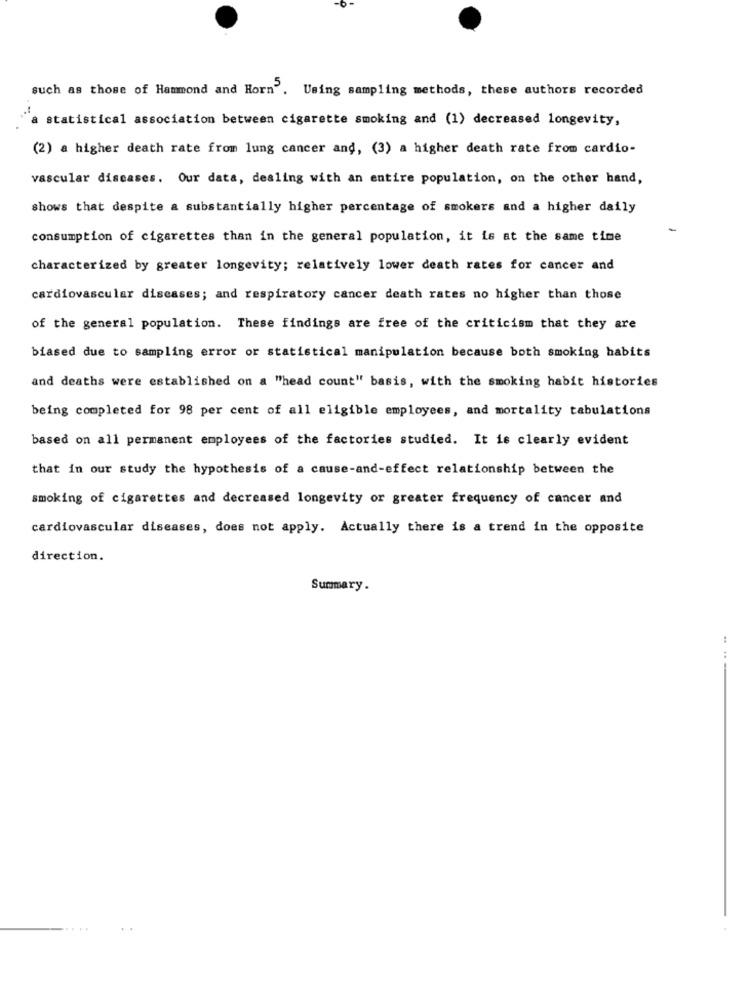
such as those of Hammond and Horn'. Using sampling methods, these authors recorded
a statistical association between cigarette smoking and (1) decreased longevity,
(2) a higher death rate from lung cancer and, (3) a higher death rate from cardio-
vascular diseases. Our data, dealing with an entire population, on the other hand,
shows that despite a substantially higher percentage of smokers and a higher daily
consumption of cigarettes than in the general population, it is at the same time
characterized by greater longevity; relatively lower death rates for cancer and
cardiovascular diseases; and respiratory cancer death rates no higher than those
of the general population. These findings are free of the criticism that they are
biased due to sampling error or statistical manipulation because both smoking habits
and deaths were established on a "head count" basis, with the smoking habit histories
being completed for 98 per cent of all eligible employees, and mortality tabulations
based on all permanent employees of the factories studied. It is clearly evident
that in our study the hypothesis of a cause-and-effect relationship between the
smoking of cigarettes and decreased longevity or greater frequency of cancer and
cardiovascular diseases, does not apply. Actually there is a trend in the opposite
direction.
Summary.
.. .